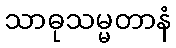
သာဓုသမ္မတာနံ